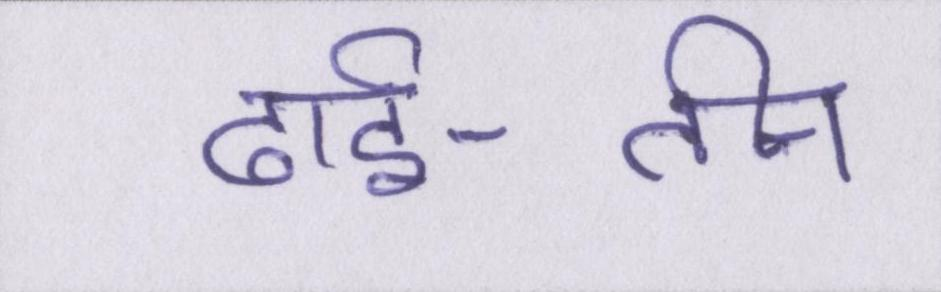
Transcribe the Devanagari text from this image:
ढाई-तीन